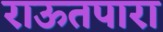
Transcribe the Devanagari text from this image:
राऊतपारा